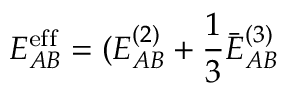
E _ { A B } ^ { \mathrm { e f f } } = ( E _ { A B } ^ { ( 2 ) } + \frac { 1 } { 3 } \bar { E } _ { A B } ^ { ( 3 ) }